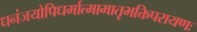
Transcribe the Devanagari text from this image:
धनंजयोपिधर्मात्मामातृभक्तिपरायणः